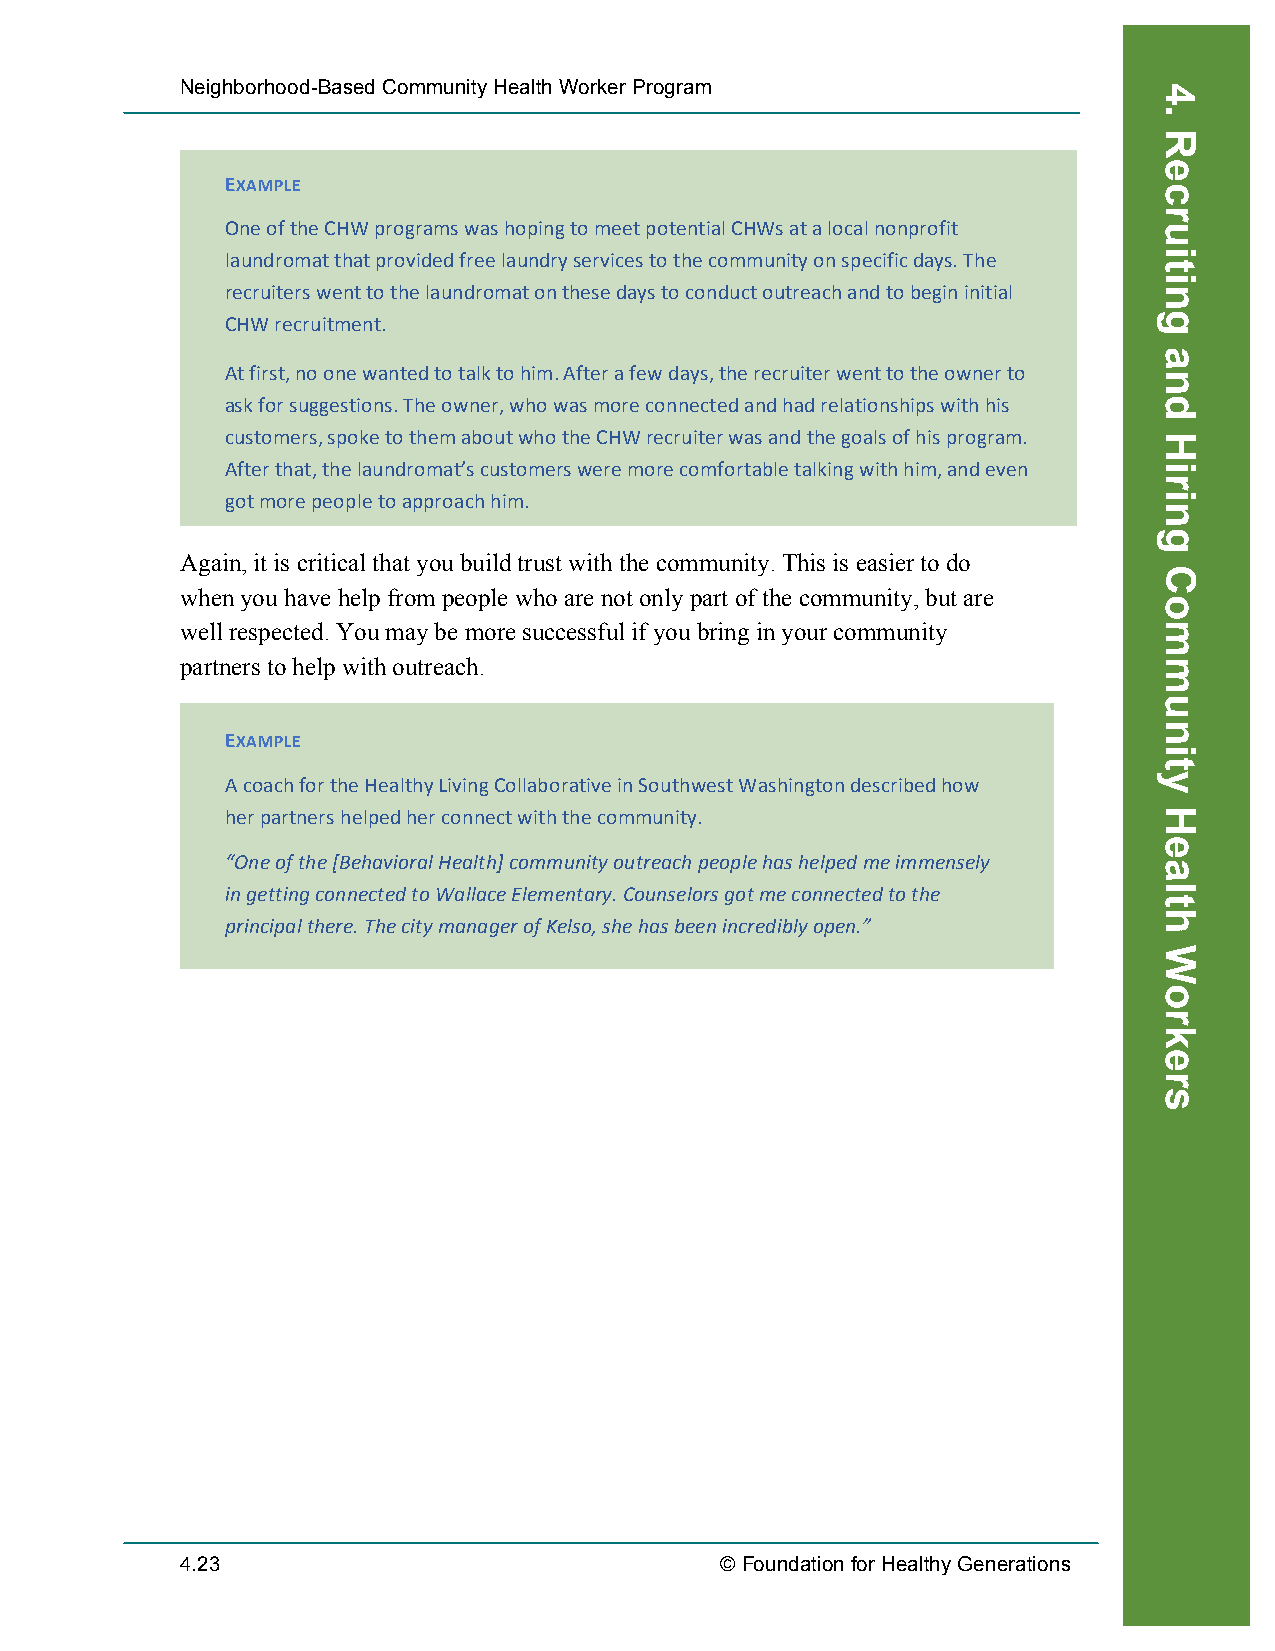
Neighborhood-Based Community Health Worker Program
 EXAMPLE
 One of the CHW programs was hoping to meet potential CHWs at a local nonprofit
 laundromat that provided free laundry services to the community on specific days. The
 recruiters went to the laundromat on these days to conduct outreach and to begin initial
 CHW recruitment.
 At first, no one wanted to talk to him. After a few days, the recruiter went to the owner to
 ask for suggestions. The owner, who was more connected and had relationships with his
 customers, spoke to them about who the CHW recruiter was and the goals of his program.
 After that, the laundromat’s customers were more comfortable talking with him, and even
 got more people to approach him.
 Again, it is critical that you build trust with the community. This is easier to do
 when you have help from people who are not only part of the community, but are
 well respected. You may be more successful if you bring in your community
 partners to help with outreach.
 EXAMPLE
 A coach for the Healthy Living Collaborative in Southwest Washington described how
 her partners helped her connect with the community.
 “One of the [Behavioral Health] community outreach people has helped me immensely
 in getting connected to Wallace Elementary. Counselors got me connected to the
 principal there. The city manager of Kelso, she has been incredibly open.”
 4.23                                © Foundation for Healthy Generations
 Recruiting
 4.
 Recruiting
 and
 Hiring
 Community
 Health
 Workers